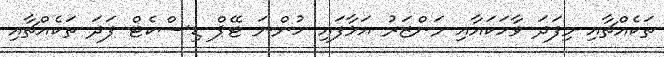
ތަކެއްޗާއި މިފަދަ ވާހަކައާއި މަންޒަރު އަޅާފައި ހުންނަ ޓޭޕް ޑިސްކެޓް ފަދަ ތަކެއްޗާއި